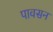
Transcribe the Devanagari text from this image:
पावसन